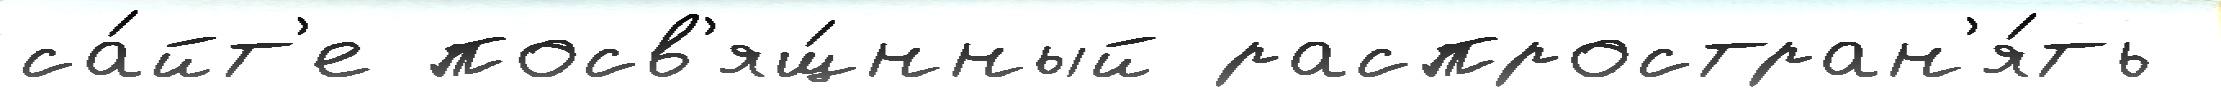
са́йт'е посв'ящ́нный распростран'я́ть